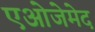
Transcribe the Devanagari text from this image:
एओजेमेद